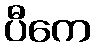
ပီကေ